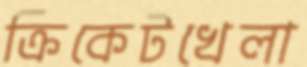
ক্রিকেটখেলা